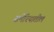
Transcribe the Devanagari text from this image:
समेरियातील